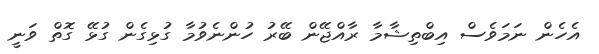
އެހެން ނަމަވެސް އިބްތިޝާމާ ރާއްޖޭން ބޭރު ހުންނެވުމާ ގުޅިގެން ގުޅޭ ގޮތް ވަނީ